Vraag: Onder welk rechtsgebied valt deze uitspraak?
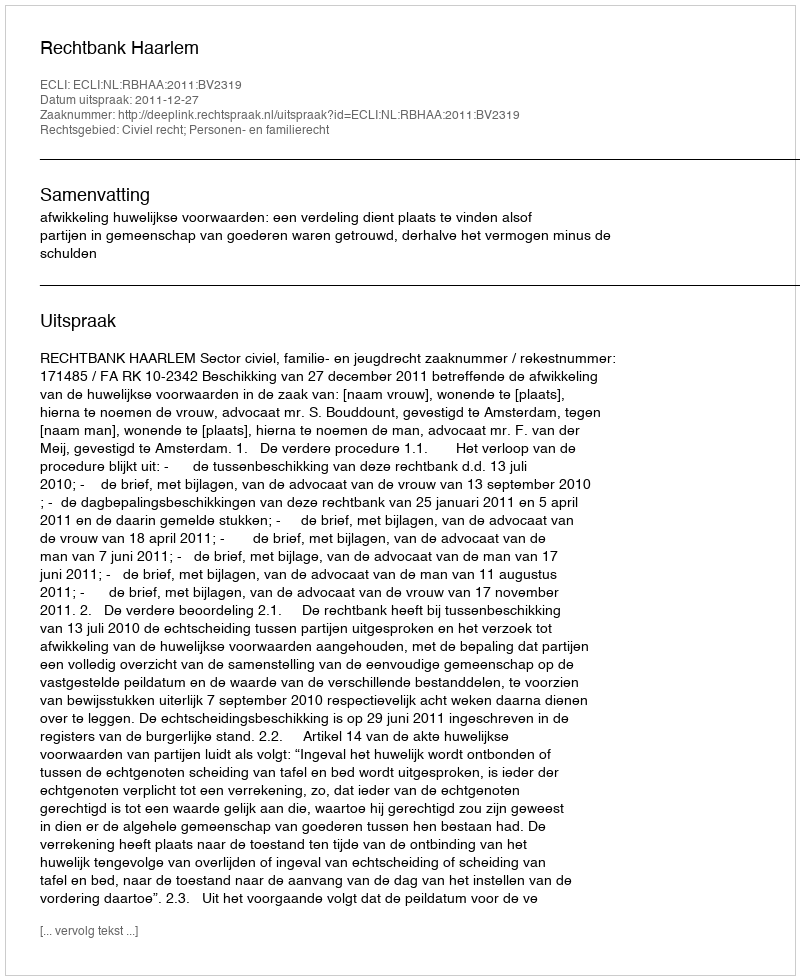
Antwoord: Civiel recht; Personen- en familierecht